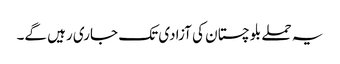
یہ حملے بلوچستان کی آزادی تک جاری رہیں گے۔